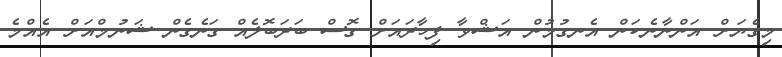
މިގެޔަށް އަންނާނެކަން އެނގުމުން އަޝްވާ ފިހާރައަށް ގޮސް ބަރަބޮލެއް ގަނެގެން ޝަނުމްއަށް އެއްމެ